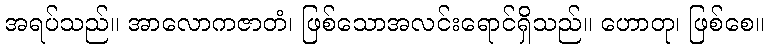
အရပ်သည်။ အာလောကဇာတံ၊ ဖြစ်သောအလင်းရောင်ရှိသည်။ ဟောတု၊ ဖြစ်စေ။